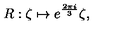
R : \zeta \mapsto e ^ { \frac { 2 \pi i } { 3 } } \zeta ,